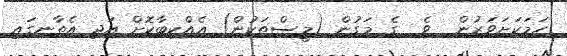
ހަމަކަށަވަރުން  ވެ  ގެ މަގުން (މީސްތަކުން) އެއްކިބާކޮށް އަދި އެތާނގައި